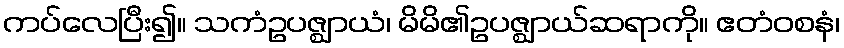
ကပ်လေပြီး၍။ သကံဥပဇ္ဈာယံ၊ မိမိ၏ဥပဇ္ဈာယ်ဆရာကို။ ဧတံဝစနံ၊